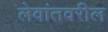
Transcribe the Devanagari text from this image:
लेवांतवरील